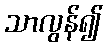
သာလွန်၍